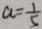
a = \frac { 1 } { 5 }